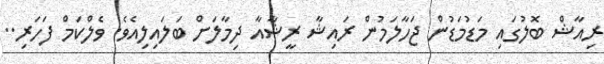
ރިއާޝް ބޮލުގައި މަޑުމަޑުން ޖަހާލަމުން ރައިޝާ ރީޝާއާ ދިމާލަށް ބަލައިލިއެވެ. ވެލްކަމް ފަހަރި..